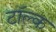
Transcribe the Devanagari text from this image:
टॉल्क